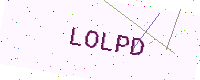
Text: LOLPD